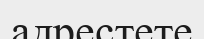
адрестете